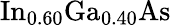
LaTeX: \mathrm{In}_{0.60}\mathrm{Ga}_{0.40}\mathrm{As}